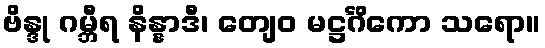
ဗိန္ဒု ဂမ္ဘီရ နိန္နာဒီ၊ တျေဝ မဋ္ဌင်္ဂိကော သရော။